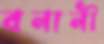
বনানী